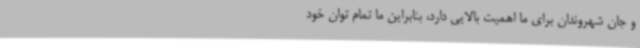
و جان شهروندان برای ما اهمیت بالایی دارد، بنابراین ما تمام توان خود